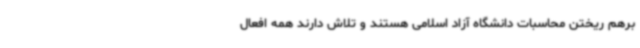
برهم ریختن محاسبات دانشگاه آزاد اسلامی هستند و تلاش دارند همه افعال